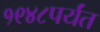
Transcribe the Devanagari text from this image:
१९४८पर्यंत